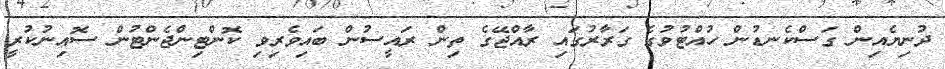
ދުނިޔެއިން ގަސްކެނޑުން ހުއްޓުވުގެ ގަރާރުގައި ރާއްޖޭގެ ތިން ރައީސުން ބައިވެރިވި ކޮންޓިންޖެންޓުން ސޮއިނުކުރީ